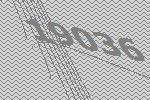
19036